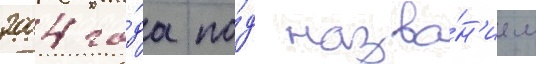
2004 го́да по́д назва́н'ием